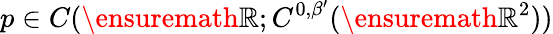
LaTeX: p\in C(\ensuremath{\mathbb{R}};C^{0,\beta^{\prime}}(\ensuremath{\mathbb{R}}^{2}))